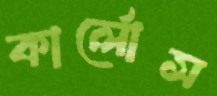
কার্লোস